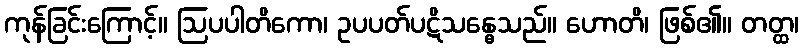
ကုန်ခြင်းကြောင့်။ ဩပပါတိကော၊ ဥပပတ်ပဋိသန္ဓေသည်။ ဟောတိ၊ ဖြစ်၏။ တတ္ထ၊